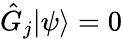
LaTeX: {\hat{G}}_{j}\vert\psi\rangle=0